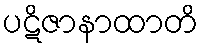
ပဋိဇာနာထာတိ